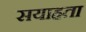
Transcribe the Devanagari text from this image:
सयाहता